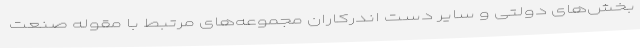
بخش‌‌های دولتی و سایر دست اندرکاران مجموعه‌های مرتبط با مقوله صنعت